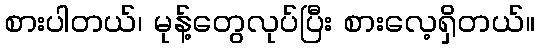
စားပါတယ်၊ မုန့်တွေလုပ်ပြီး စားလေ့ရှိတယ်။